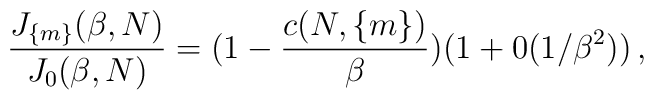
\frac{J_{\{m\}}(\beta,N)}{J_0(\beta,N)}=(1-\frac{c(N,\{m\})}{\beta}) (1+0(1/\beta^2))\, ,